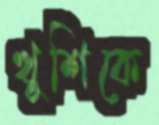
খুশিকে